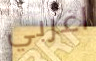
اغربي